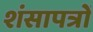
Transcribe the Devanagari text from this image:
शंसापत्रों